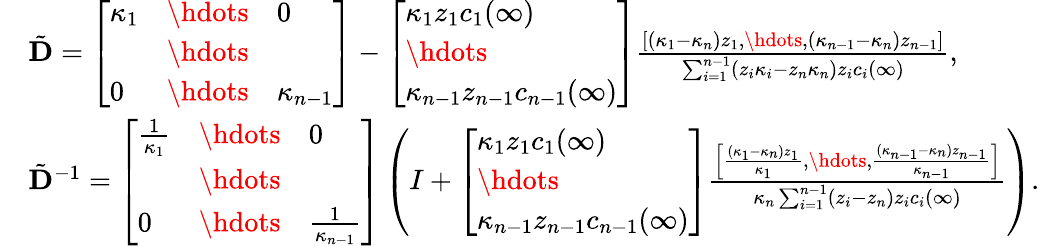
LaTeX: \begin{array}{rl}&{\tilde{\mathbf{D}}=\left[\begin{array}{lll}{\kappa_{1}}&{\hdots}&{0}\\ &{\hdots}&\\ {0}&{\hdots}&{\kappa_{n-1}}\end{array}\right]-\left[\begin{array}{l}{\kappa_{1}z_{1}c_{1}(\infty)}\\ {\hdots}\\ {\kappa_{n-1}z_{n-1}c_{n-1}(\infty)}\end{array}\right]\frac{\left[\begin{array}{l}{(\kappa_{1}-\kappa_{n})z_{1},\hdots,(\kappa_{n-1}-\kappa_{n})z_{n-1}}\end{array}\right]}{\sum_{i=1}^{n-1}(z_{i}\kappa_{i}-z_{n}\kappa_{n})z_{i}c_{i}(\infty)},}\\ &{\tilde{\mathbf{D}}^{-1}=\left[\begin{array}{lll}{\frac{1}{\kappa_{1}}}&{\hdots}&{0}\\ &{\hdots}&\\ {0}&{\hdots}&{\frac{1}{\kappa_{n-1}}}\end{array}\right]\left(I+\left[\begin{array}{l}{\kappa_{1}z_{1}c_{1}(\infty)}\\ {\hdots}\\ {\kappa_{n-1}z_{n-1}c_{n-1}(\infty)}\end{array}\right]\frac{\left[\begin{array}{l}{\frac{(\kappa_{1}-\kappa_{n})z_{1}}{\kappa_{1}},\hdots,\frac{(\kappa_{n-1}-\kappa_{n})z_{n-1}}{\kappa_{n-1}}}\end{array}\right]}{\kappa_{n}\sum_{i=1}^{n-1}(z_{i}-z_{n})z_{i}c_{i}(\infty)}\right).}\end{array}